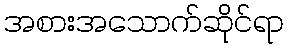
အစားအသောက်ဆိုင်ရာ